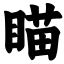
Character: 瞄